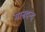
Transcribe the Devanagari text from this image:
मानदन्द